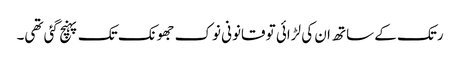
رتک کے ساتھ ان کی لڑائی تو قانونی نوک جھونک تک پہنچ گئی تھی۔